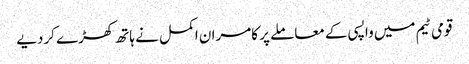
قومی ٹیم میں واپسی کے معاملے پر کامران اکمل نے ہاتھ کھڑے کردیے